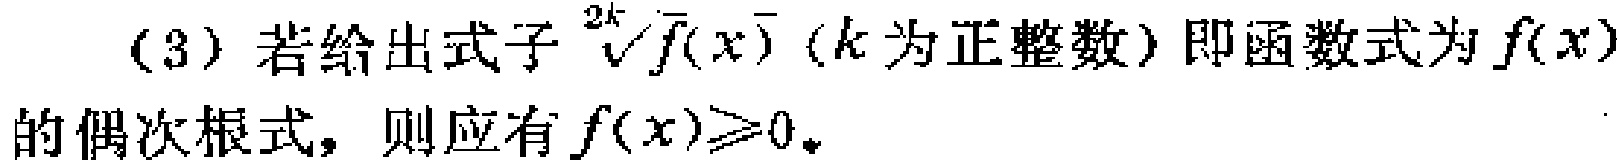
(3) 若给出式子$\sqrt[2k]{f(x)}$（$k$为正整数）即函数式为$f(x)$的偶次根式，则应有$f(x)\geqslant0$。